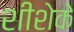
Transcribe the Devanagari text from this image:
शीशेके